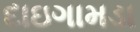
દાઇગામડા